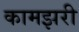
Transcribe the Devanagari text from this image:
कामझरी